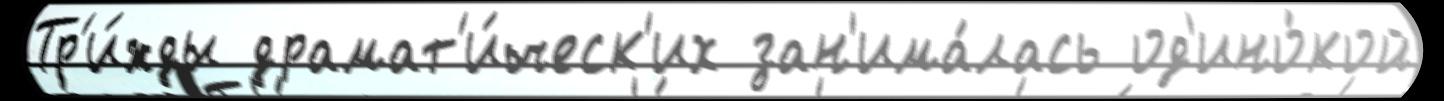
Тр'и́жды драмат'и́ческ'их зан'има́лась од'ино́кой